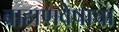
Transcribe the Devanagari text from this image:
ब्राह्मणवेषाचा